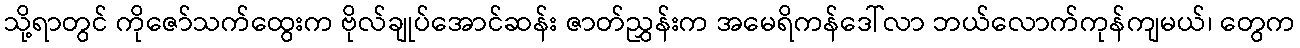
သို့ရာတွင် ကိုဇော်သက်ထွေးက ဗိုလ်ချုပ်အောင်ဆန်း ဇာတ်ညွှန်းက အမေရိကန်ဒေါ်လာ ဘယ်လောက်ကုန်ကျမယ်၊ တွေက